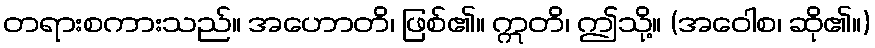
တရားစကားသည်။ အဟောတိ၊ ဖြစ်၏။ ဣတိ၊ ဤသို့။ (အဝေါစ၊ ဆို၏။)